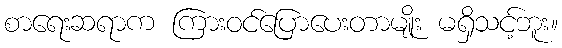
စာရေးဆရာက ကြားဝင်ပြောပေးတာမျိုး မရှိသင့်ဘူး။